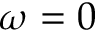
\omega = 0